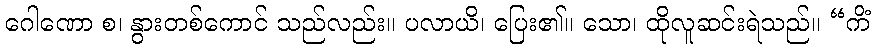
ဂေါဏော စ၊ နွားတစ်ကောင် သည်လည်း။ ပလာယိ၊ ပြေး၏။ သော၊ ထိုလူဆင်းရဲသည်။ “ကိံ